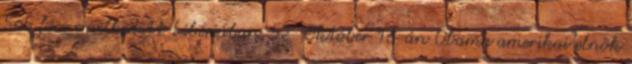
565 főre emelkedett Libériában. 52 Október 16-án Obama amerikai elnök